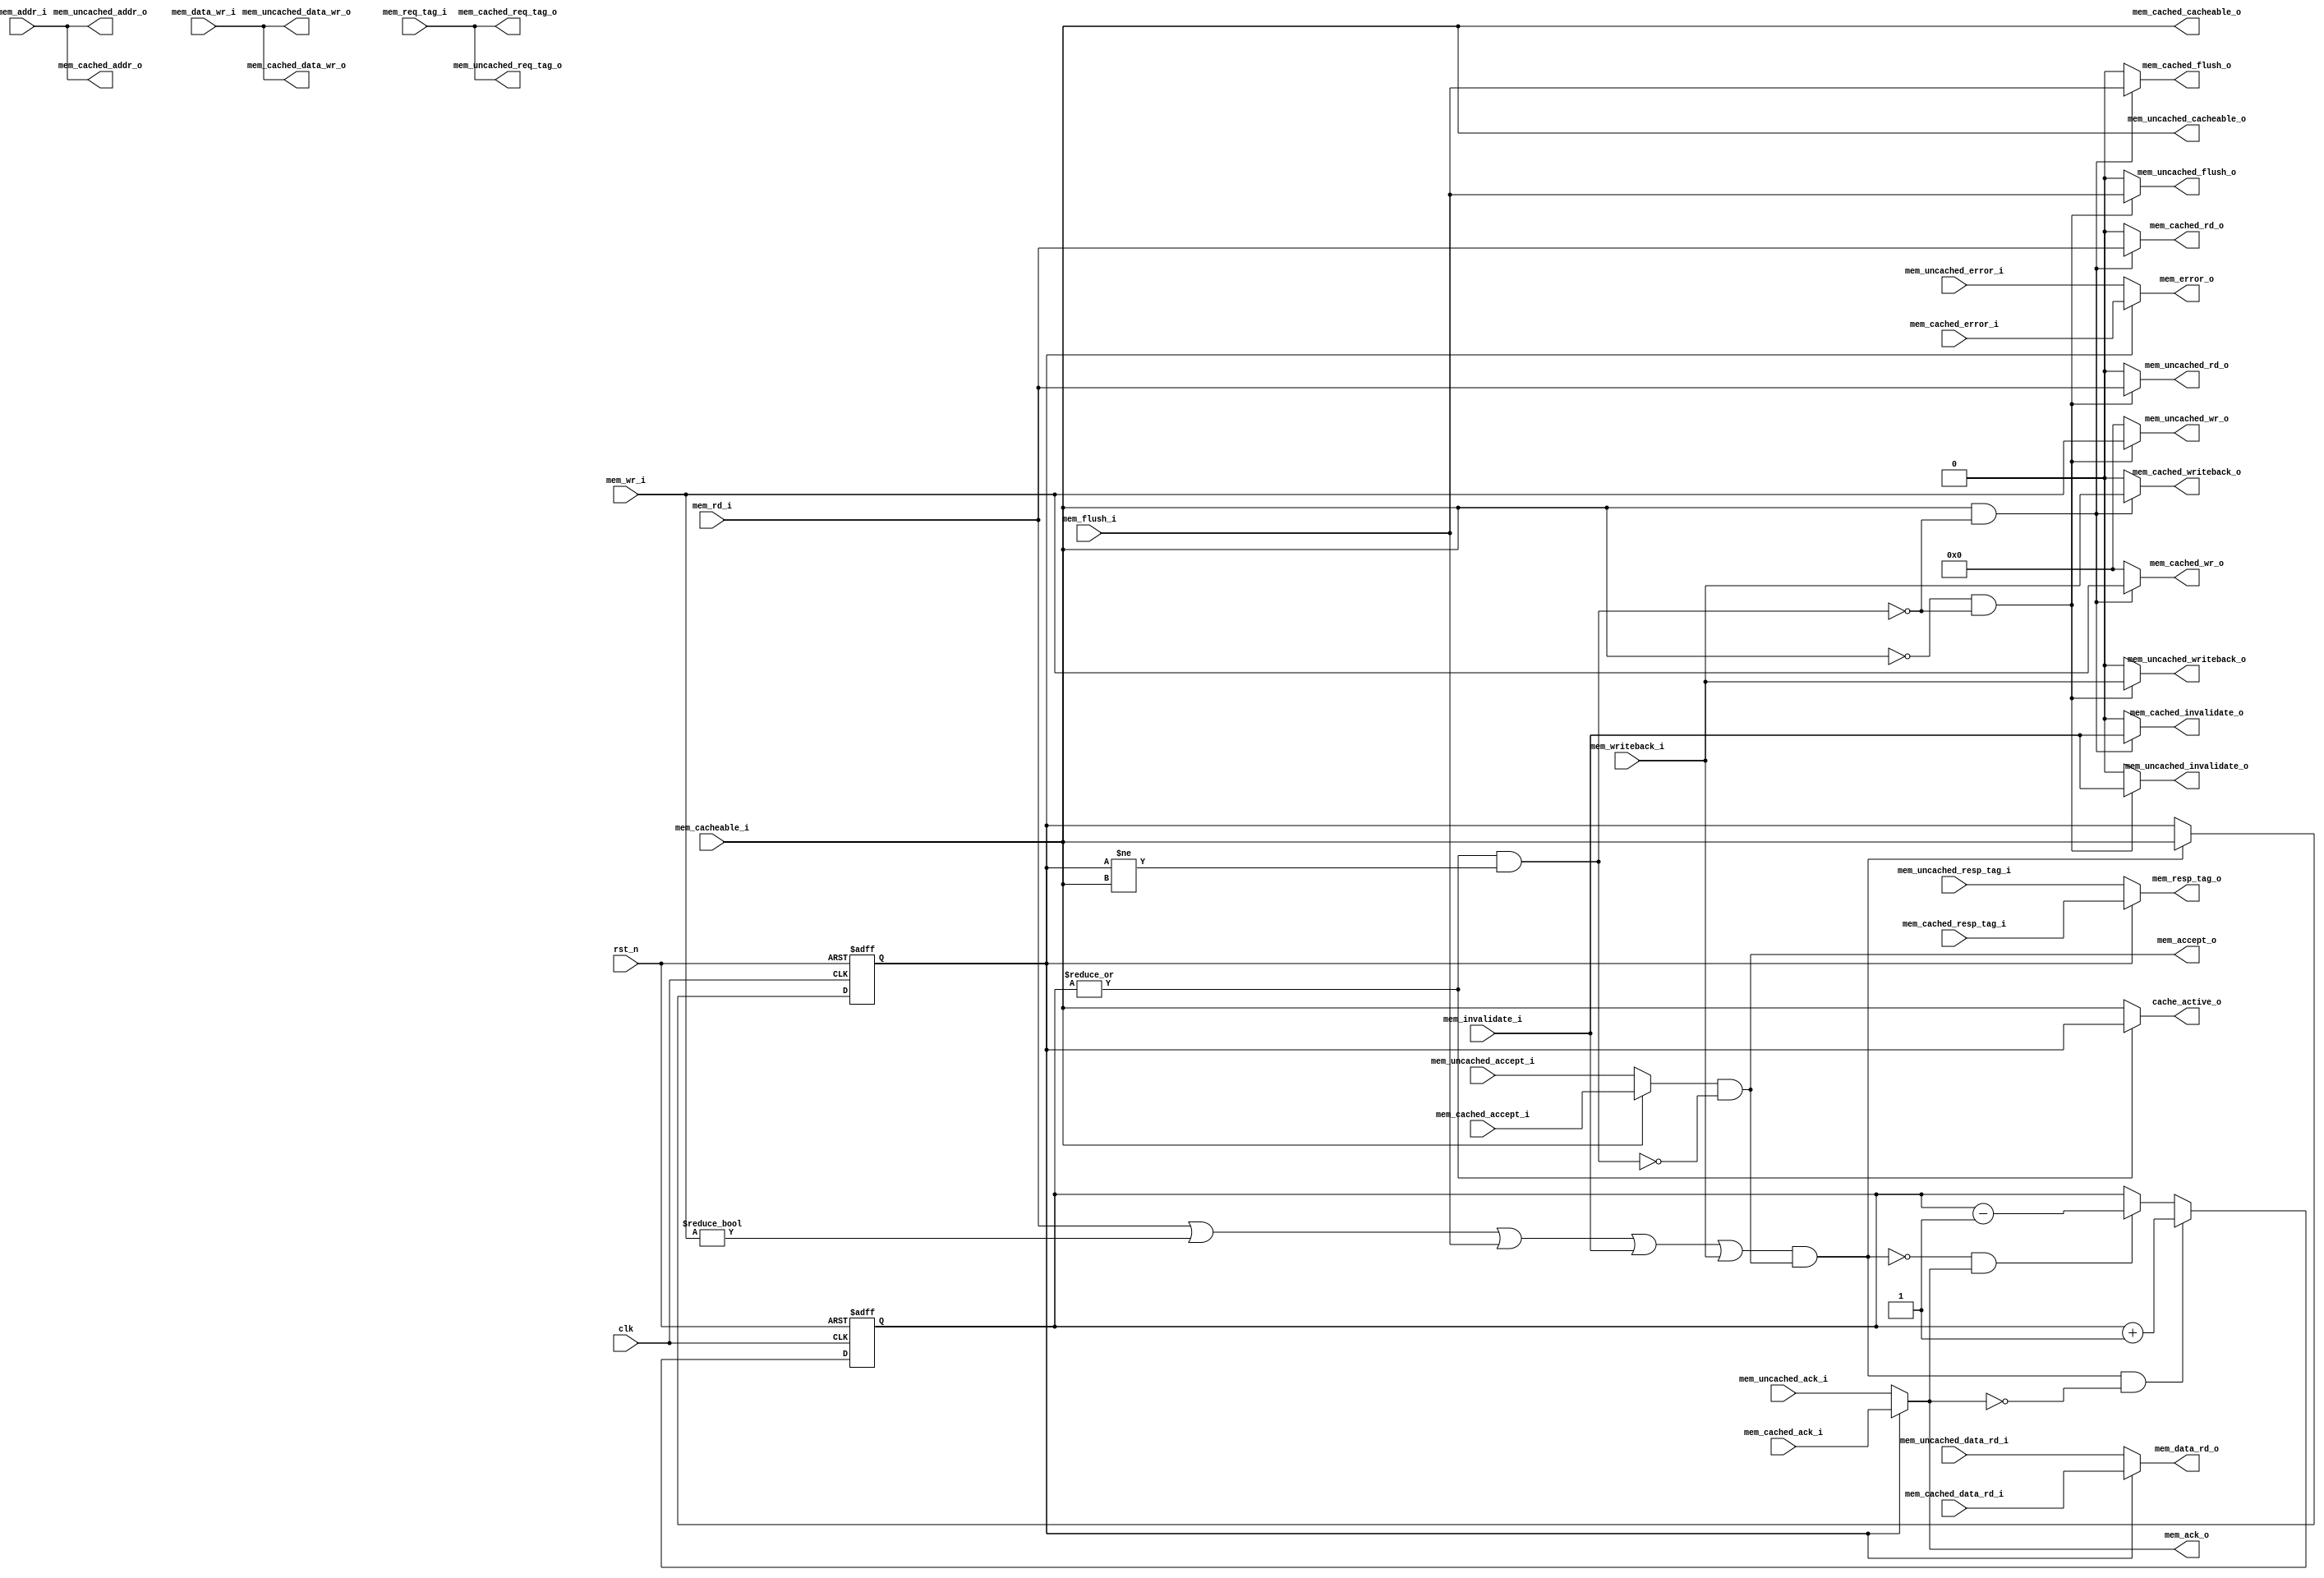
// This program was cloned from: https://github.com/lvzhengde/tsn-soc
// License: BSD 3-Clause "New" or "Revised" License

//-----------------------------------------------------------------
//
// Copyright (c) 2022-2024 Zhengde
// All rights reserved.
//
//-----------------------------------------------------------------
//                         biRISC-V CPU
//                            V0.6.0
//                     Ultra-Embedded.com
//                     Copyright 2019-2020
//
//                   admin@ultra-embedded.com
//
//                     License: Apache 2.0
//-----------------------------------------------------------------
// Copyright 2020 Ultra-Embedded.com
// 
// Licensed under the Apache License, Version 2.0 (the "License");
// you may not use this file except in compliance with the License.
// You may obtain a copy of the License at
// 
//     http://www.apache.org/licenses/LICENSE-2.0
// 
// Unless required by applicable law or agreed to in writing, software
// distributed under the License is distributed on an "AS IS" BASIS,
// WITHOUT WARRANTIES OR CONDITIONS OF ANY KIND, either express or implied.
// See the License for the specific language governing permissions and
// limitations under the License.
//-----------------------------------------------------------------

module dcache_mux
(
    // Inputs
    input           clk                       ,
    input           rst_n                     ,
    input  [ 31:0]  mem_addr_i                ,
    input  [ 31:0]  mem_data_wr_i             ,
    input           mem_rd_i                  ,
    input  [  3:0]  mem_wr_i                  ,
    input           mem_cacheable_i           ,
    input  [ 10:0]  mem_req_tag_i             ,
    input           mem_invalidate_i          ,
    input           mem_writeback_i           ,
    input           mem_flush_i               ,
    input  [ 31:0]  mem_cached_data_rd_i      ,
    input           mem_cached_accept_i       ,
    input           mem_cached_ack_i          ,
    input           mem_cached_error_i        ,
    input  [ 10:0]  mem_cached_resp_tag_i     ,
    input  [ 31:0]  mem_uncached_data_rd_i    ,
    input           mem_uncached_accept_i     ,
    input           mem_uncached_ack_i        ,
    input           mem_uncached_error_i      ,
    input  [ 10:0]  mem_uncached_resp_tag_i   ,

    // Outputs
    output [ 31:0]  mem_data_rd_o             ,
    output          mem_accept_o              ,
    output          mem_ack_o                 ,
    output          mem_error_o               ,
    output [ 10:0]  mem_resp_tag_o            ,
    output [ 31:0]  mem_cached_addr_o         ,
    output [ 31:0]  mem_cached_data_wr_o      ,
    output          mem_cached_rd_o           ,
    output [  3:0]  mem_cached_wr_o           ,
    output          mem_cached_cacheable_o    ,
    output [ 10:0]  mem_cached_req_tag_o      ,
    output          mem_cached_invalidate_o   ,
    output          mem_cached_writeback_o    ,
    output          mem_cached_flush_o        ,
    output [ 31:0]  mem_uncached_addr_o       ,
    output [ 31:0]  mem_uncached_data_wr_o    ,
    output          mem_uncached_rd_o         ,
    output [  3:0]  mem_uncached_wr_o         ,
    output          mem_uncached_cacheable_o  ,
    output [ 10:0]  mem_uncached_req_tag_o    ,
    output          mem_uncached_invalidate_o ,
    output          mem_uncached_writeback_o  ,
    output          mem_uncached_flush_o      ,
    output          cache_active_o            
);

    wire hold_w;
    reg  cache_access_q;

    assign mem_cached_addr_o         = mem_addr_i;
    assign mem_cached_data_wr_o      = mem_data_wr_i;
    assign mem_cached_rd_o           = (mem_cacheable_i & ~hold_w) ? mem_rd_i : 1'b0;
    assign mem_cached_wr_o           = (mem_cacheable_i & ~hold_w) ? mem_wr_i : 4'b0;
    assign mem_cached_cacheable_o    = mem_cacheable_i;
    assign mem_cached_req_tag_o      = mem_req_tag_i;
    assign mem_cached_invalidate_o   = (mem_cacheable_i & ~hold_w) ? mem_invalidate_i : 1'b0;
    assign mem_cached_writeback_o    = (mem_cacheable_i & ~hold_w) ? mem_writeback_i : 1'b0;
    assign mem_cached_flush_o        = (mem_cacheable_i & ~hold_w) ? mem_flush_i : 1'b0;

    assign mem_uncached_addr_o       = mem_addr_i;
    assign mem_uncached_data_wr_o    = mem_data_wr_i;
    assign mem_uncached_rd_o         = (~mem_cacheable_i & ~hold_w) ? mem_rd_i : 1'b0;
    assign mem_uncached_wr_o         = (~mem_cacheable_i & ~hold_w) ? mem_wr_i : 4'b0;
    assign mem_uncached_cacheable_o  = mem_cacheable_i;
    assign mem_uncached_req_tag_o    = mem_req_tag_i;
    assign mem_uncached_invalidate_o = (~mem_cacheable_i & ~hold_w) ? mem_invalidate_i : 1'b0;
    assign mem_uncached_writeback_o  = (~mem_cacheable_i & ~hold_w) ? mem_writeback_i : 1'b0;
    assign mem_uncached_flush_o      = (~mem_cacheable_i & ~hold_w) ? mem_flush_i : 1'b0;

    assign mem_accept_o              =(mem_cacheable_i ? mem_cached_accept_i  : mem_uncached_accept_i) & !hold_w;
    assign mem_data_rd_o             = cache_access_q ? mem_cached_data_rd_i  : mem_uncached_data_rd_i;
    assign mem_ack_o                 = cache_access_q ? mem_cached_ack_i      : mem_uncached_ack_i;
    assign mem_error_o               = cache_access_q ? mem_cached_error_i    : mem_uncached_error_i;
    assign mem_resp_tag_o            = cache_access_q ? mem_cached_resp_tag_i : mem_uncached_resp_tag_i;

    wire      request_w              = mem_rd_i | mem_wr_i != 4'b0 | mem_flush_i | mem_invalidate_i | mem_writeback_i;

    reg [4:0] pending_r;
    reg [4:0] pending_q;

    always @(*) begin
        pending_r = pending_q;
    
        if ((request_w && mem_accept_o) && !mem_ack_o)
            pending_r = pending_r + 5'd1;
        else if (!(request_w && mem_accept_o) && mem_ack_o)
            pending_r = pending_r - 5'd1;
    end

    always @(posedge clk or negedge rst_n) begin
        if (!rst_n)
            pending_q <= 5'b0;
        else
            pending_q <= pending_r;
    end

    always @(posedge clk or negedge rst_n) begin
        if (!rst_n)
            cache_access_q <= 1'b0;
        else if (request_w && mem_accept_o)
            cache_access_q <= mem_cacheable_i;
    end

    assign hold_w = (|pending_q) && (cache_access_q != mem_cacheable_i);

    assign cache_active_o = (|pending_q) ? cache_access_q : mem_cacheable_i;

endmodule